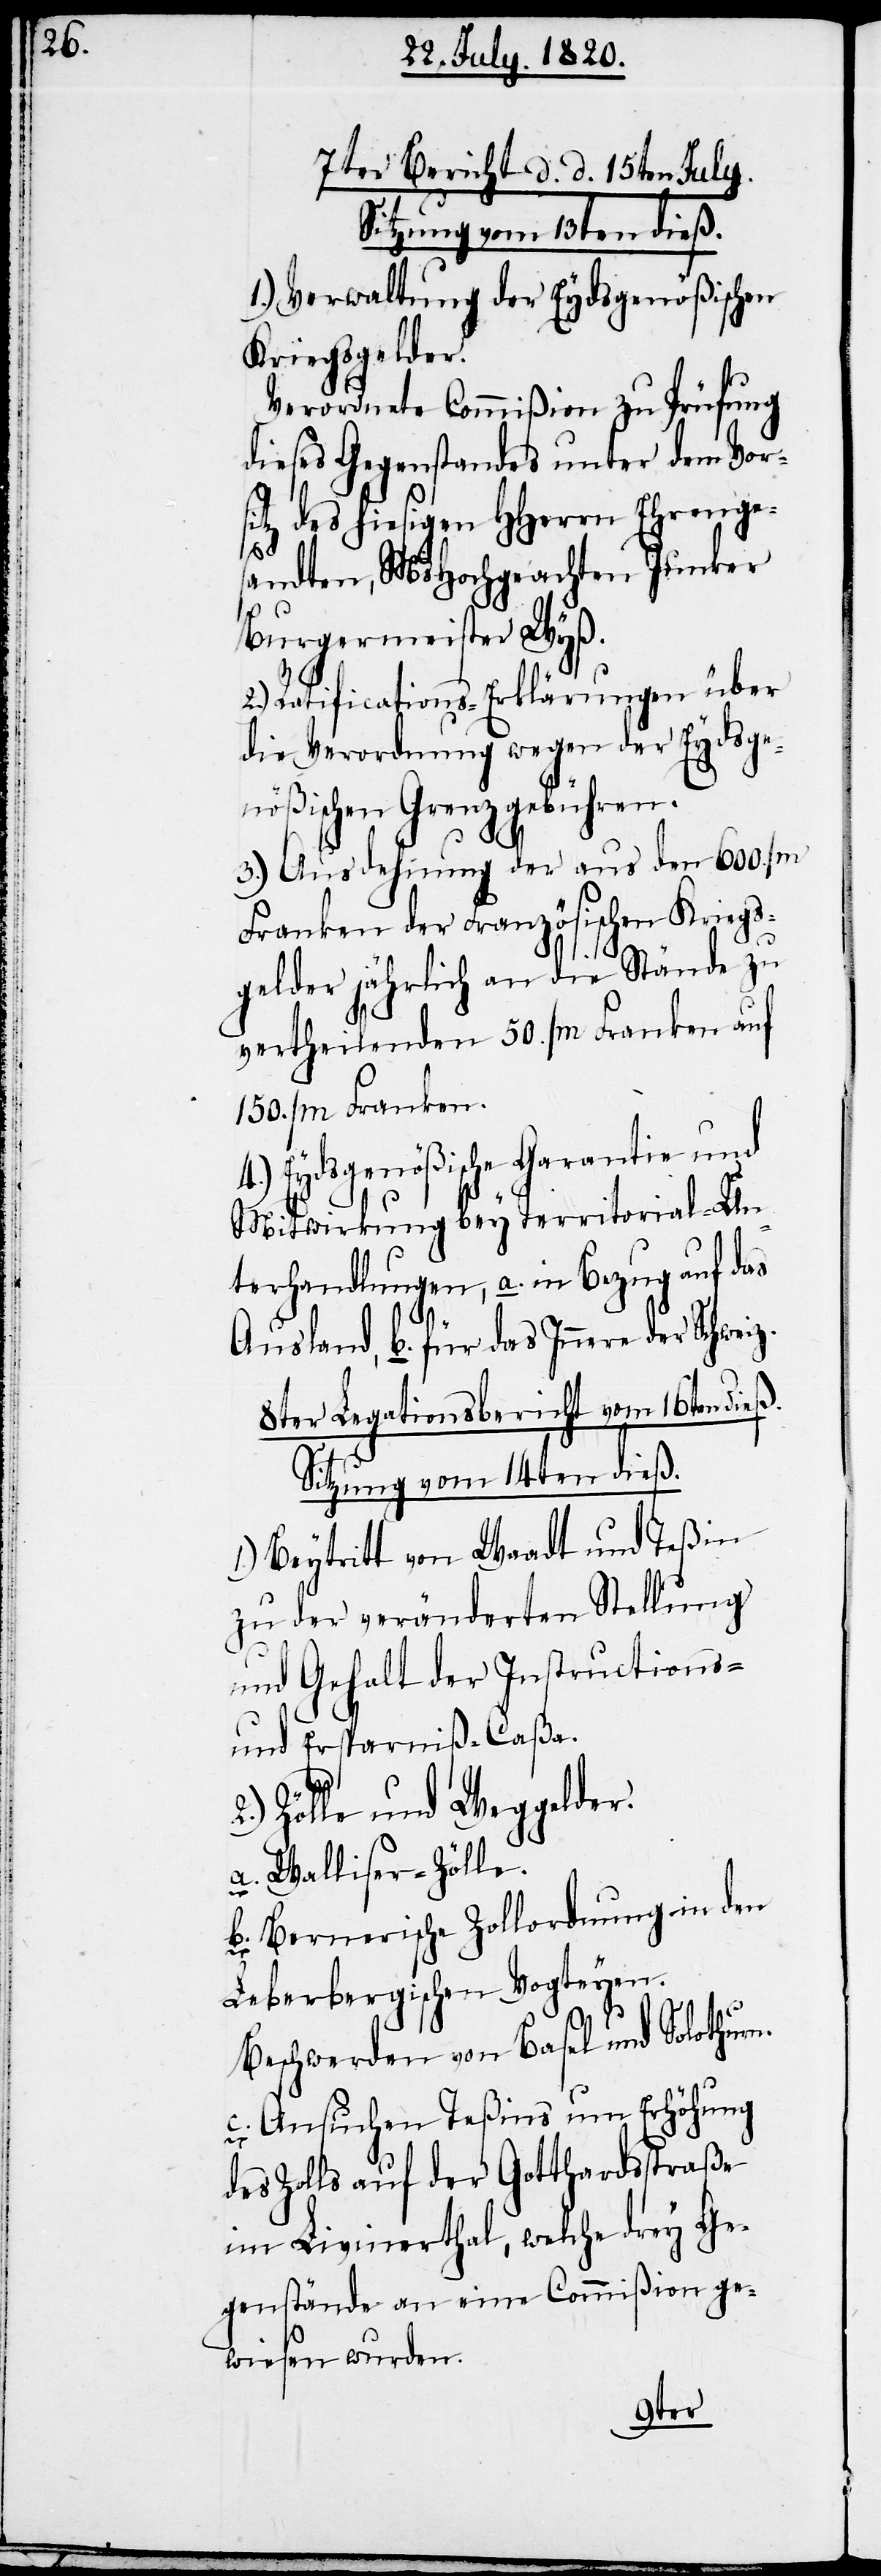
7ter Bericht d. d. 15ten July.
Sitzung vom 13ten dieß.
1.) Verwaltung der Eydsgenößischen
Kriegsgelder.
Verordnete Commißion zu Prüfung
dieses Gegenstandes unter dem Vor¬
sitz des hiesigen HHerrn Ehrenge¬
n.
sandten, MsHochgeachten Junker
Burgermeister Wyß.
2.) Ratifications-Erklärungen über
die Verordnung wegen der Eydsge¬
nößischen Grenzgebühren.
3.) Ausdehnung der aus den 600.000
Franken der Französischen Kriegs¬
gelder jährlich an die Stände zu
vertheilenden 50.000 Franken auf
150.000 Franken.
4.) Eydsgenößische Garantie und
Mitwirkung bey Territorial-Un¬
terhandlungen, a. in Bezug auf das
Ausland, b. für das Innere der
8ter Legationsbericht vom 16ten dieß.
Sitzung vom 14ten dieß.
1.) Beytritt von Waadt und Teßin
zu der veränderten Stellung
und Gehalt der Instructions-
und Ersparniß-Caßa.
Zölle und Weggelder.
a. Walliser-Zölle.
b. Bernerische Zollordnung in den
Leberbergischen Vocteyen.
Beschwerden von Basel und Solothur¬
c. Ansuchen Teßins um Erhöhung
des Zolls auf der Gotthardstraße
im Livinerthal, welche drey Ge¬
genstände an eine Commißion ge¬
wiesen werden.